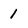
Character: 1